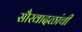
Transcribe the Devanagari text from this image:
सौरवादळांची